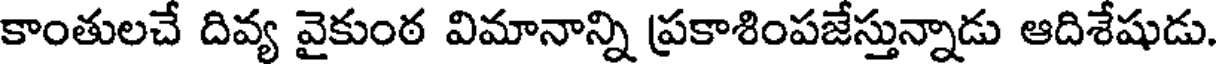
కాంతులచే దివ్య వైకుంఠ విమానాన్ని ప్రకాశింపజేస్తున్నాడు ఆదిశేషుడు.